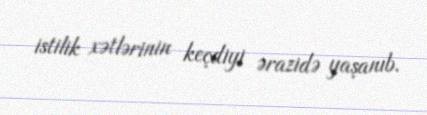
istilik xətlərinin keçdiyi ərazidə yaşanıb.